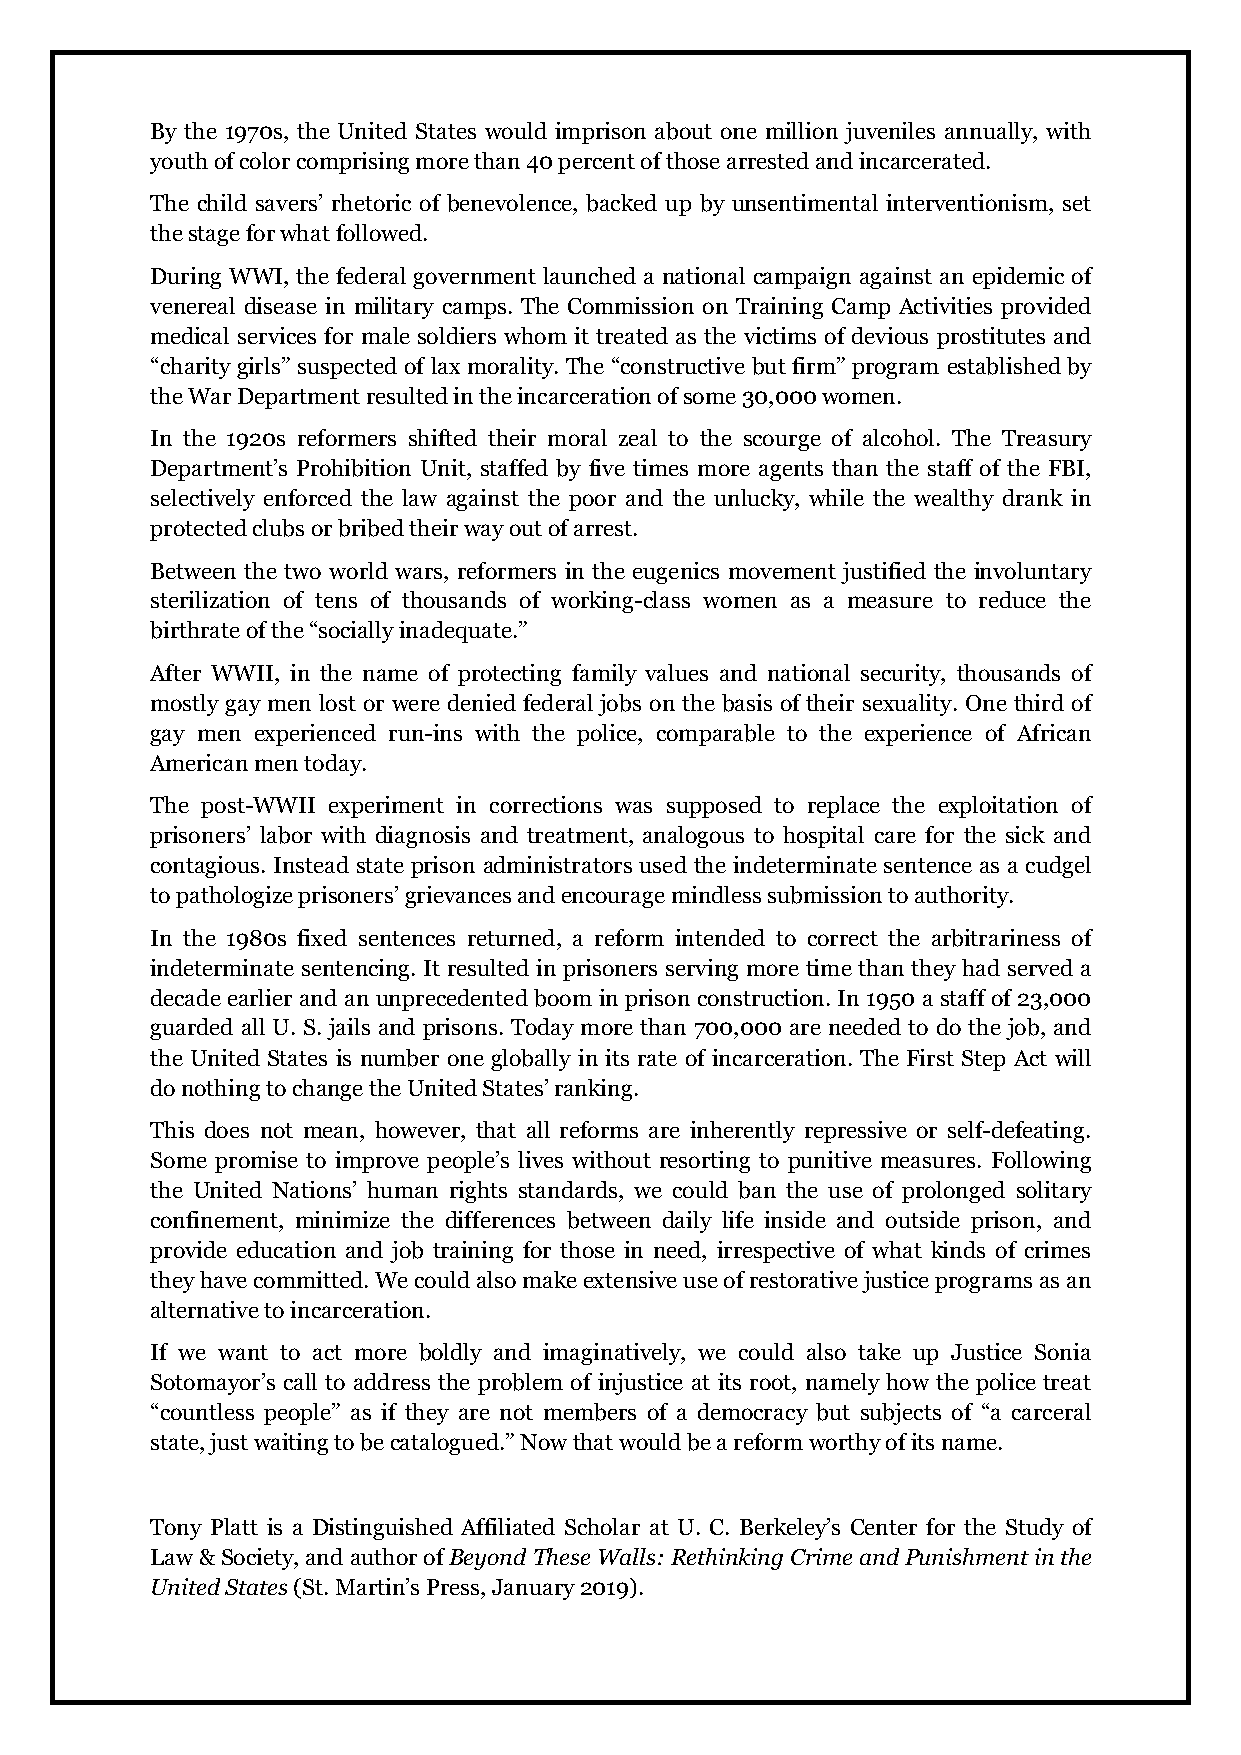
By the 1970s, the United States would imprison about one million juveniles annually, with
 youth of color comprising more than 40 percent of those arrested and incarcerated.
 The child savers’ rhetoric of benevolence, backed up by unsentimental interventionism, set
 the stage for what followed.
 During WWI, the federal government launched a national campaign against an epidemic of
 venereal disease in military camps. The Commission on Training Camp Activities provided
 medical services for male soldiers whom it treated as the victims of devious prostitutes and
 “charity girls” suspected of lax morality. The “constructive but firm” program established by
 the War Department resulted in the incarceration of some 30,000 women.
 In the 1920s reformers shifted their moral zeal to the scourge of alcohol. The Treasury
 Department’s Prohibition Unit, staffed by five times more agents than the staff of the FBI,
 selectively enforced the law against the poor and the unlucky, while the wealthy drank in
 protected clubs or bribed their way out of arrest.
 Between the two world wars, reformers in the eugenics movement justified the involuntary
 sterilization of tens of thousands of working-class women as a measure to reduce the
 birthrate of the “socially inadequate.”
 After WWII, in the name of protecting family values and national security, thousands of
 mostly gay men lost or were denied federal jobs on the basis of their sexuality. One third of
 gay men experienced run-ins with the police, comparable to the experience of African
 American men today.
 The post-WWII experiment in corrections was supposed to replace the exploitation of
 prisoners’ labor with diagnosis and treatment, analogous to hospital care for the sick and
 contagious. Instead state prison administrators used the indeterminate sentence as a cudgel
 to pathologize prisoners’ grievances and encourage mindless submission to authority.
 In the 1980s fixed sentences returned, a reform intended to correct the arbitrariness of
 indeterminate sentencing. It resulted in prisoners serving more time than they had served a
 decade earlier and an unprecedented boom in prison construction. In 1950 a staff of 23,000
 guarded all U. S. jails and prisons. Today more than 700,000 are needed to do the job, and
 the United States is number one globally in its rate of incarceration. The First Step Act will
 do nothing to change the United States’ ranking.
 This does not mean, however, that all reforms are inherently repressive or self-defeating.
 Some promise to improve people’s lives without resorting to punitive measures. Following
 the United Nations’ human rights standards, we could ban the use of prolonged solitary
 confinement, minimize the differences between daily life inside and outside prison, and
 provide education and job training for those in need, irrespective of what kinds of crimes
 they have committed. We could also make extensive use of restorative justice programs as an
 alternative to incarceration.
 If we want to act more boldly and imaginatively, we could also take up Justice Sonia
 Sotomayor’s call to address the problem of injustice at its root, namely how the police treat
 “countless people” as if they are not members of a democracy but subjects of “a carceral
 state, just waiting to be catalogued.” Now that would be a reform worthy of its name.
 Tony Platt is a Distinguished Affiliated Scholar at U. C. Berkeley’s Center for the Study of
 Law & Society, and author of Beyond These Walls: Rethinking Crime and Punishment in the
 United States (St. Martin’s Press, January 2019).